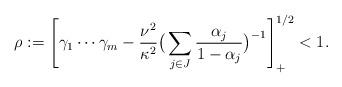
LaTeX: \begin{align*}\rho :=\left[\gamma_1 \cdots \gamma_m -\frac{\nu^2}{\kappa^2}\big(\sum_{j\in J} \frac{\alpha_j}{1 -\alpha_j}\big)^{-1}\right]_+^{1/2}<1.\end{align*}